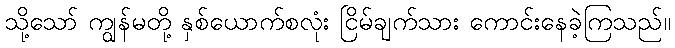
သို့သော် ကျွန်မတို့ နှစ်ယောက်စလုံး ငြိမ်ချက်သား ကောင်းနေခဲ့ကြသည်။